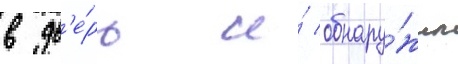
в дв'е́рь и́ обнару́жил